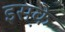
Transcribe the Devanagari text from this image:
इस़के